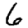
Digit: 6